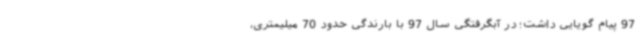
97 پیام گویایی داشت؛ در آبگرفتگی سال 97 با بارندگی حدود 70 میلیمتری،